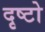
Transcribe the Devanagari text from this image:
दृष्टो